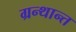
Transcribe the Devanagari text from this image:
ग्रन्थान्त